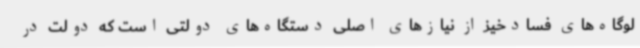
لوگاه‌های فسادخیز از نیازهای اصلی دستگاه‌های دولتی است که دولت در